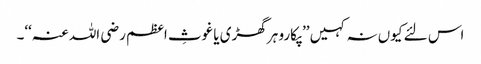
اس لئے کیوں نہ کہیں ’’پکارو ہر گھڑی یا غوثِ اعظم رضی اللہ عنہ‘‘۔